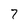
Character: 7